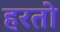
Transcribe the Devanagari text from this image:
हरतो